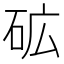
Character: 砿